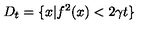
D _ { t } = \{ x | f ^ { 2 } ( x ) < 2 \gamma t \}